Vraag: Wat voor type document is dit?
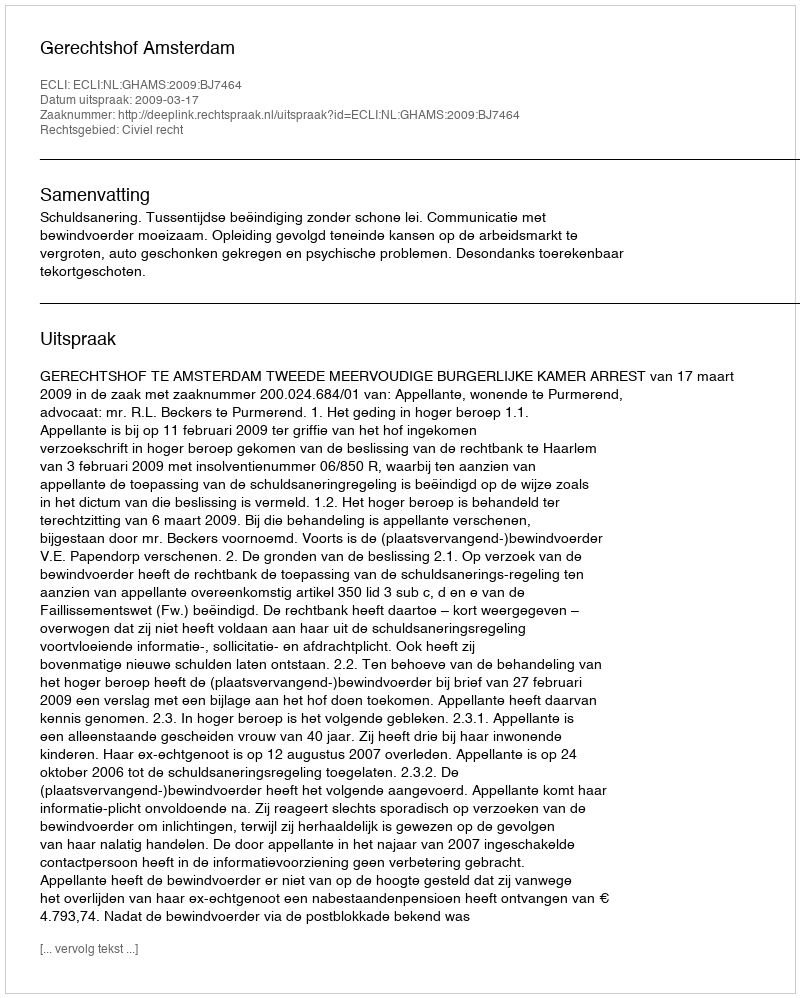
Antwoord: Uitspraak